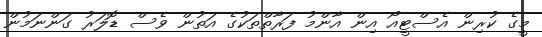
މީގެ ކުރިން އެސްޓީއޯ އިން އާންމު ފަރާތްތަކުގެ އަތުން ވެސް ޑޮލަރު ގަންނަމުން